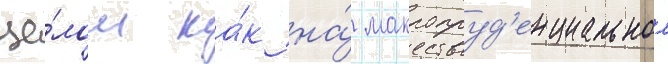
це́лом ка́к на́ макропруд'енциальном